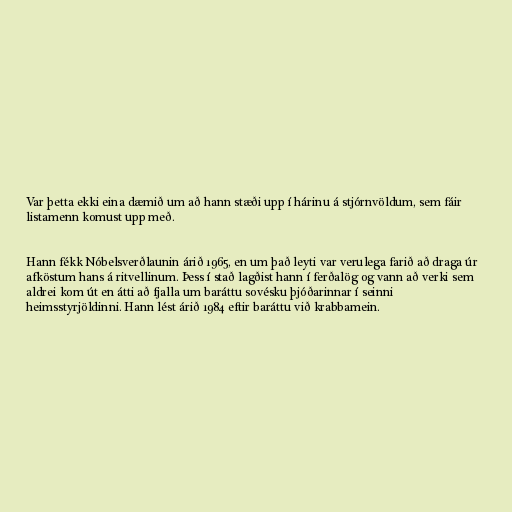
Var þetta ekki eina dæmið um að hann stæði upp í hárinu á stjórnvöldum, sem fáir
listamenn komust upp með.

Hann fékk Nóbelsverðlaunin árið 1965, en um það leyti var verulega farið að draga úr
afköstum hans á ritvellinum. Þess í stað lagðist hann í ferðalög og vann að verki sem
aldrei kom út en átti að fjalla um baráttu sovésku þjóðarinnar í seinni
heimsstyrjöldinni. Hann lést árið 1984 eftir baráttu við krabbamein.